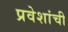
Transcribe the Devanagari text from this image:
प्रवेशांची